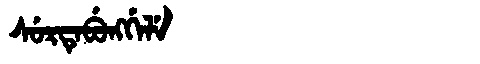
Manchu: ᠰᡠᡵᡨᡝᠪᡠᠩᡤᡝᠯᡝ
Romanization: SURTEBUNGGELE